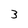
Character: 3